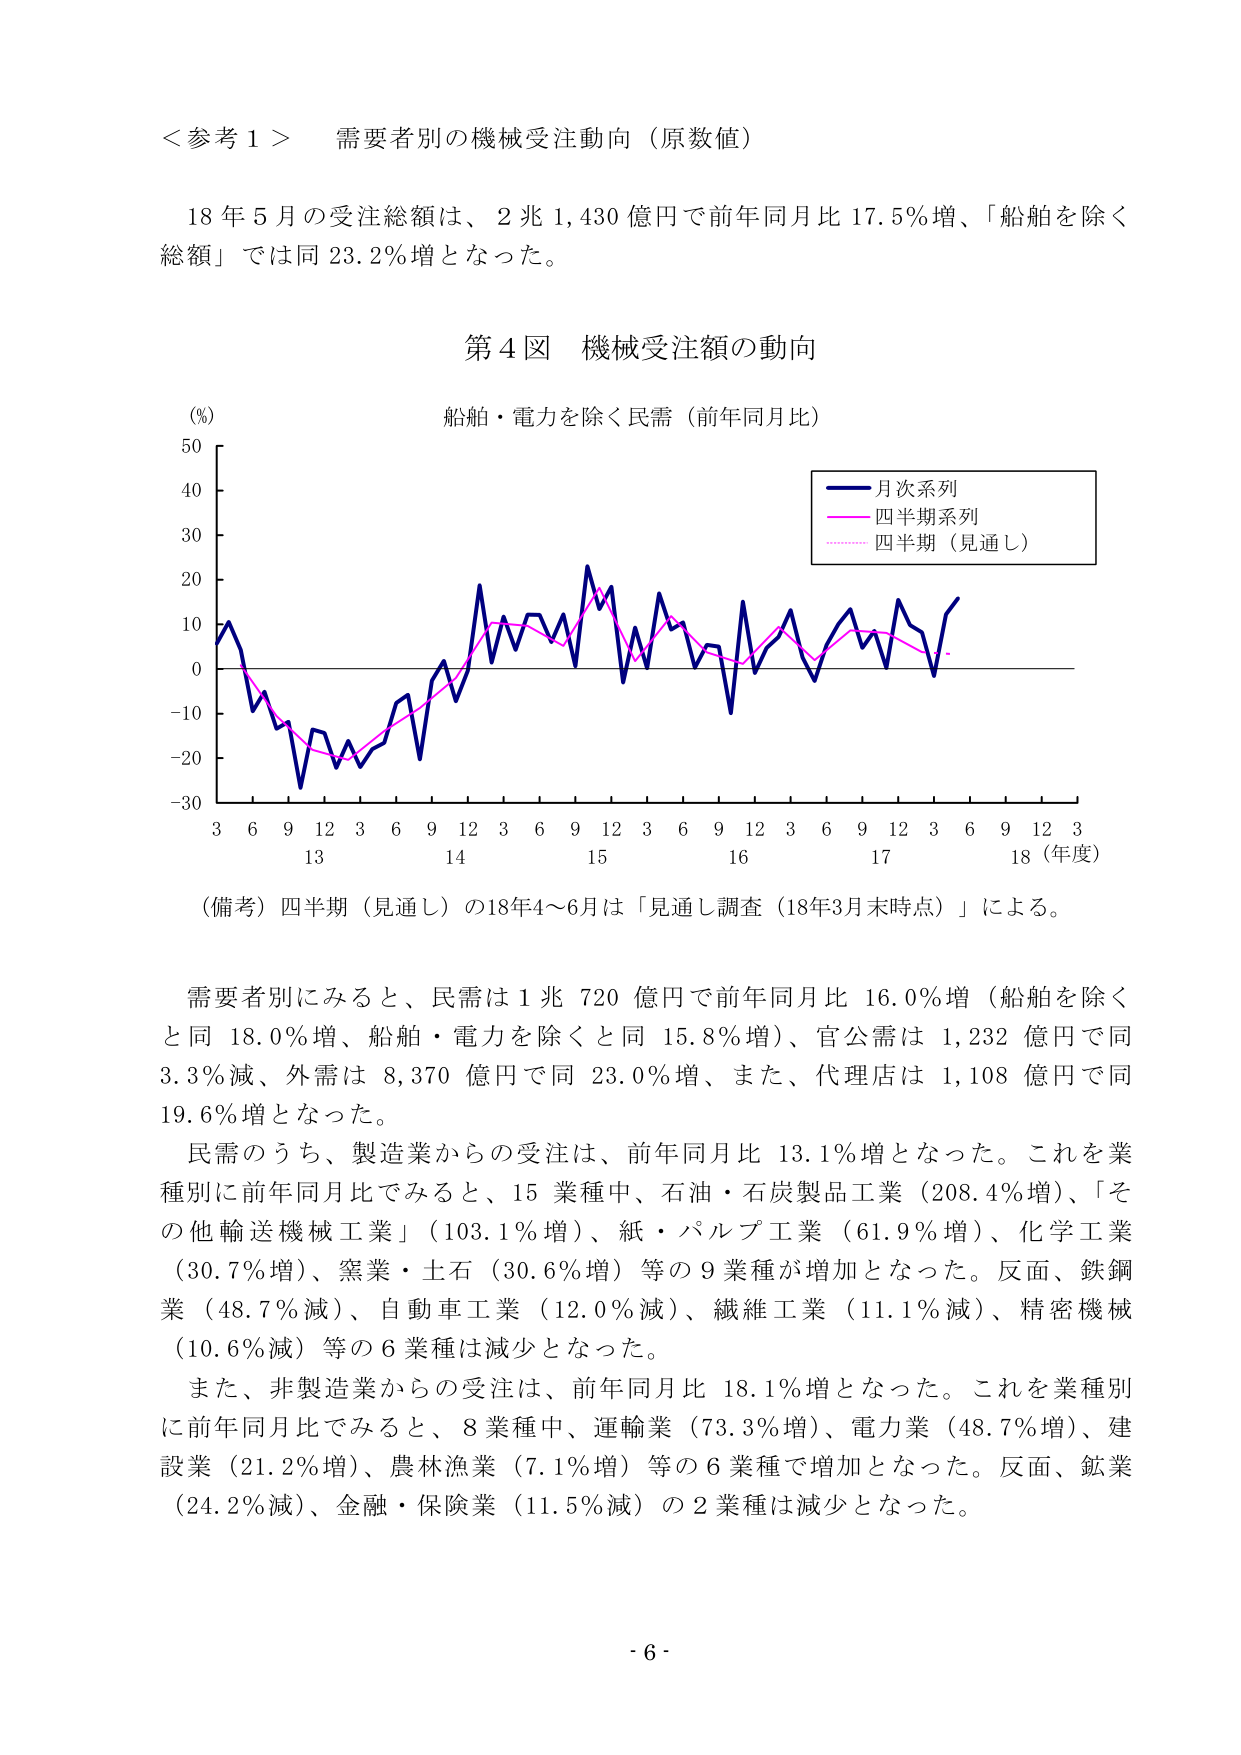
＜参考１＞　需要者別の機械受注動向（原数値）

18年5月の受注総額は、2兆1,430億円で前年同月比17.5％増、「船舶を除く総額」では同23.2％増となった。

第4図　機械受注額の動向

（％）
50
40
30
20
10
0
-10
-20
-30

船舶・電力を除く民需（前年同月比）

月次系列
四半期系列
四半期（見通し）

3　6　9　12　3　6　9　12　3　6　9　12　3　6　9　12　3　6　9　12　3
13　　　　　14　　　　　15　　　　　16　　　　　17　　　　　18（年度）

（備考）四半期（見通し）の18年4～6月は「見通し調査（18年3月末時点）」による。

需要者別にみると、民需は1兆720億円で前年同月比16.0％増（船舶を除くと同18.0％増、船舶・電力を除くと同15.8％増）、官公需は1,232億円で同3.3％減、外需は8,370億円で同23.0％増、また、代理店は1,108億円で同19.6％増となった。

民需のうち、製造業からの受注は、前年同月比13.1％増となった。これを業種別に前年同月比でみると、15業種中、石油・石炭製品工業（208.4％増）、「その他輸送機械工業」（103.1％増）、紙・パルプ工業（61.9％増）、化学工業（30.7％増）、窯業・土石（30.6％増）等の9業種が増加となった。反面、鉄鋼業（48.7％減）、自動車工業（12.0％減）、繊維工業（11.1％減）、精密機械（10.6％減）等の6業種は減少となった。

また、非製造業からの受注は、前年同月比18.1％増となった。これを業種別に前年同月比でみると、8業種中、運輸業（73.3％増）、電力業（48.7％増）、建設業（21.2％増）、農林漁業（7.1％増）等の6業種で増加となった。反面、鉱業（24.2％減）、金融・保険業（11.5％減）の2業種は減少となった。

- 6 -